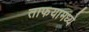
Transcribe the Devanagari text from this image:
ताफयामध्ये